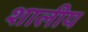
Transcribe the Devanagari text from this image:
शालीय